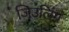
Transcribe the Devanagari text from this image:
जिउलिंग